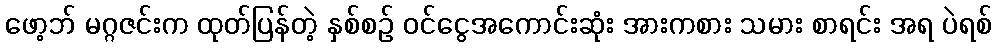
ဖော့ဘ် မဂ္ဂဇင်းက ထုတ်ပြန်တဲ့ နှစ်စဉ် ဝင်ငွေအကောင်းဆုံး အားကစား သမား စာရင်း အရ ပဲရစ်